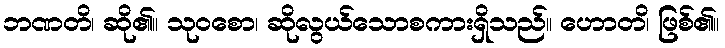
ဘဏတိ၊ ဆို၏။ သုဝစော၊ ဆိုလွယ်သောစကားရှိသည်။ ဟောတ၊ိ ဖြစ်၏။